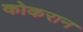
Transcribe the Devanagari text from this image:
कोकरान